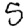
Digit: 5